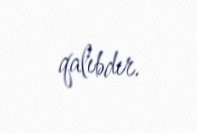
qalıbdır.